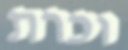
וכרת